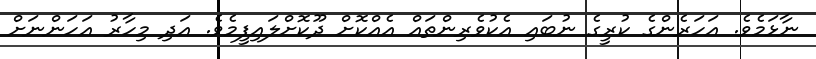
ނާޅަމެވެ. އަހަރެންގެ ކުރީގެ ނުބައި އެކުވެރިންތައް އެއްކޮށް ދޫކޮށްލައިފީމެވެ. އަދި މިހާރު އަހަންނަށް